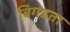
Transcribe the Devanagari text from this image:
बिगडता